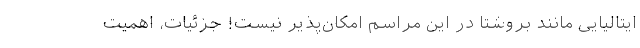
ایتالیایی مانند بروشتا در این مراسم امکان‌پذیر نیست! جزئیات، اهمیت